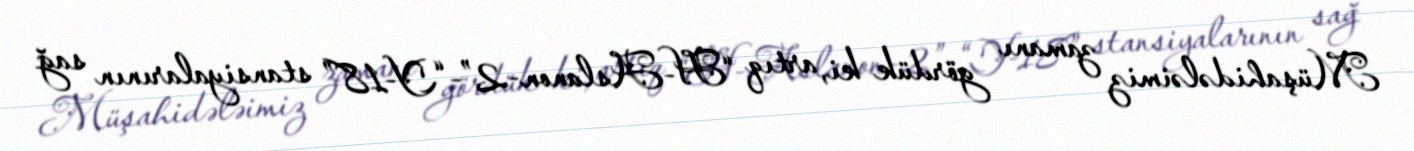
Müşahidələimiz zamanı gördük ki, artıq “H-Aslanon-2”-“Y-18” stansiyalarının sağ